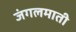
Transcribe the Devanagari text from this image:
जंगलमाती